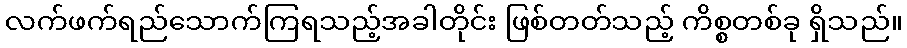
လက်ဖက်ရည်သောက်ကြရသည့်အခါတိုင်း ဖြစ်တတ်သည့် ကိစ္စတစ်ခု ရှိသည်။